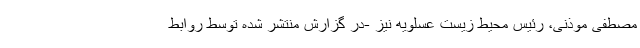
مصطفی موذنی، رئیس محیط زیست عسلویه نیز -در گزارش منتشر شده توسط روابط